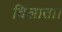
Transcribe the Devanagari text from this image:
दिलाता।